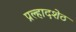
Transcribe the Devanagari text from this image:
प्रल्हादशेठ